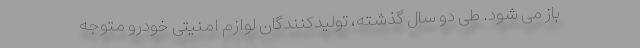
باز می شود. طی دو سال گذشته، تولیدکنندگان لوازم امنیتی خودرو متوجه